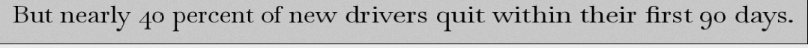
But nearly 40 percent of new drivers quit within their first 90 days.